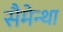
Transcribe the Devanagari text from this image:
सैमेन्था